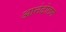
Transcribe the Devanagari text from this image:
आनंदोलन